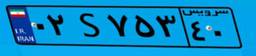
۱۸S۵۵۳۲۵